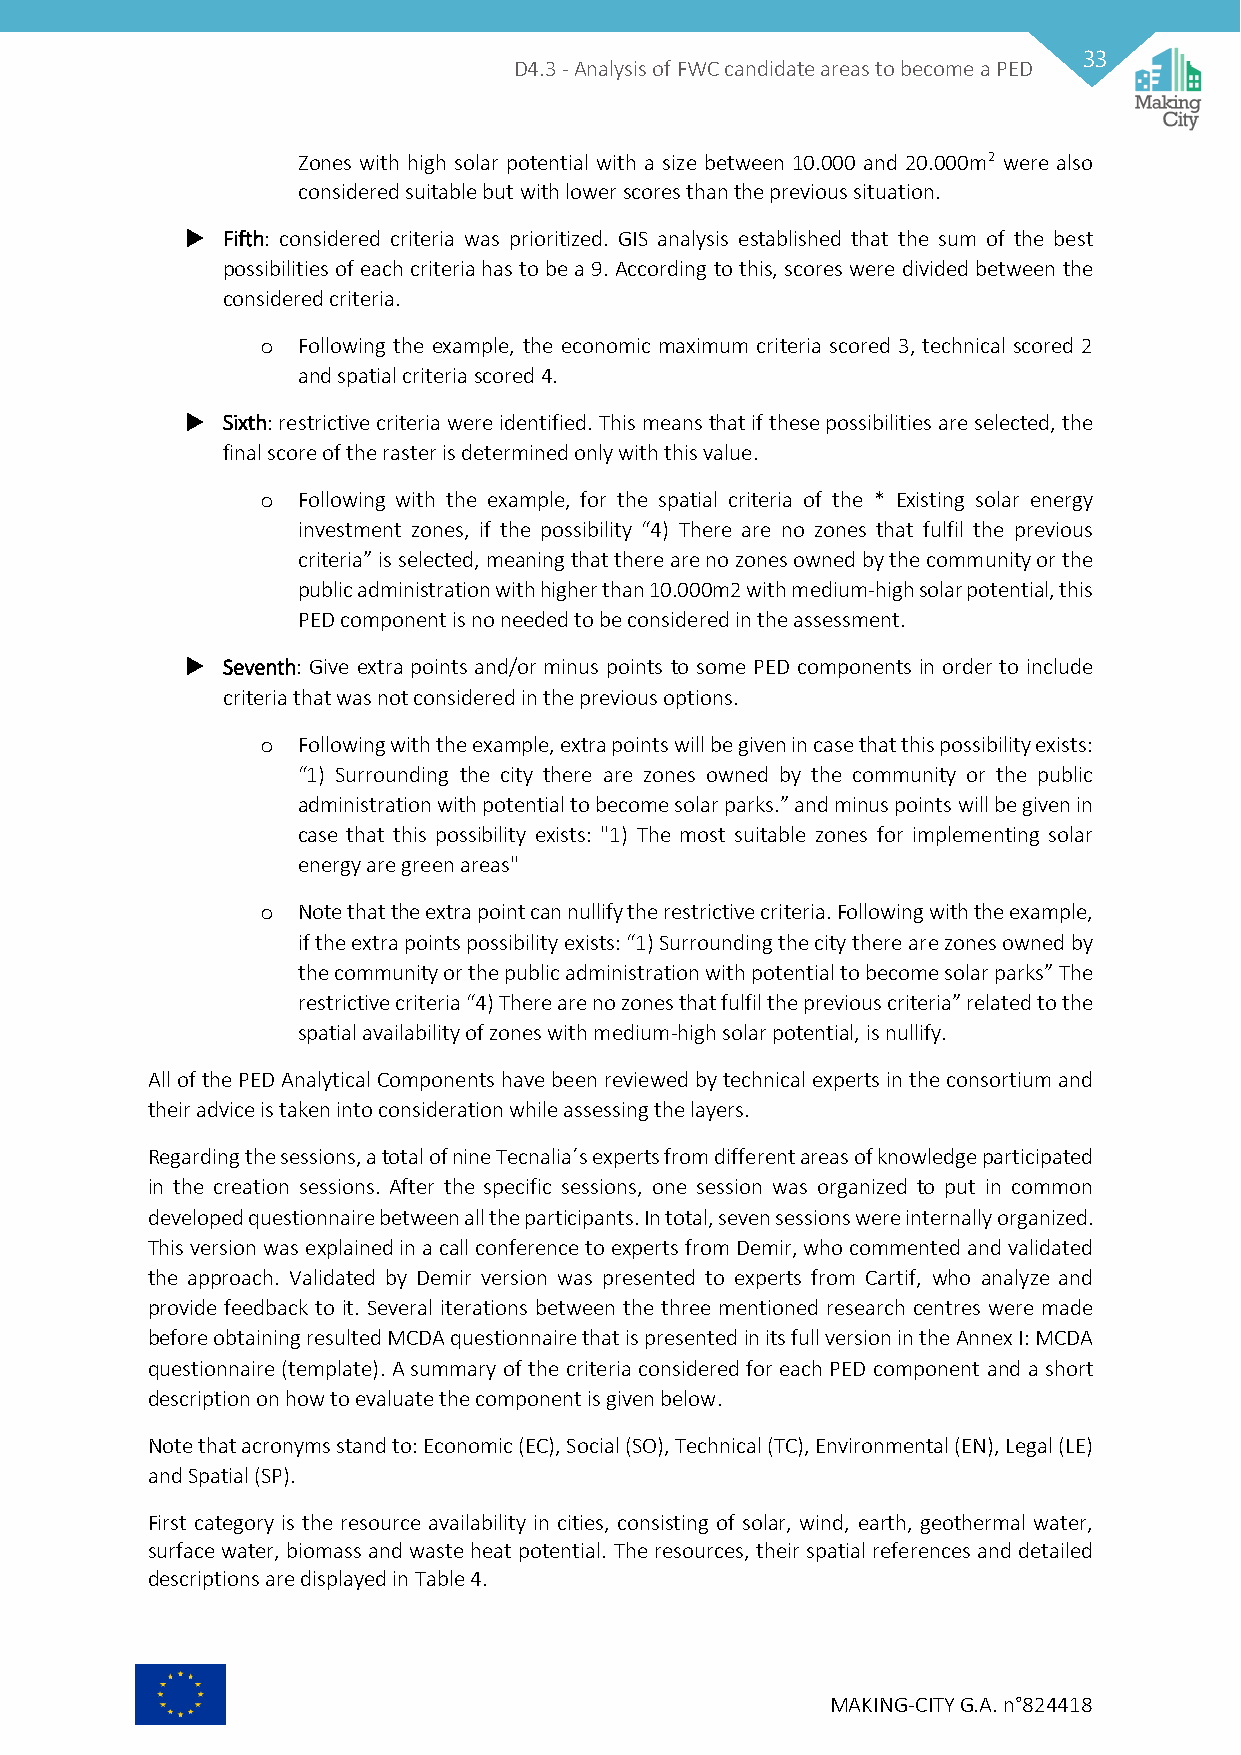
33
 D4.3 - Analysis of FWC candidate areas to become a PED
 Zones with high solar potential with a size between 10.000 and 20.000m2 were also
 considered suitable but with lower scores than the previous situation.
   Fifth: considered criteria was prioritized. GIS analysis established that the sum of the best
 possibilities of each criteria has to be a 9. According to this, scores were divided between the
 considered criteria.
 o  Following the example, the economic maximum criteria scored 3, technical scored 2
 and spatial criteria scored 4.
   Sixth: restrictive criteria were identified. This means that if these possibilities are selected, the
 final score of the raster is determined only with this value.
 o  Following with the example, for the spatial criteria of the * Existing solar energy
 investment zones, if the possibility “4) There are no zones that fulfil the previous
 criteria” is selected, meaning that there are no zones owned by the community or the
 public administration with higher than 10.000m2 with medium-high solar potential, this
 PED component is no needed to be considered in the assessment.
   Seventh: Give extra points and/or minus points to some PED components in order to include
 criteria that was not considered in the previous options.
 o  Following with the example, extra points will be given in case that this possibility exists:
 “1) Surrounding the city there are zones owned by the community or the public
 administration with potential to become solar parks.” and minus points will be given in
 case that this possibility exists: "1) The most suitable zones for implementing solar
 energy are green areas"
 o  Note that the extra point can nullify the restrictive criteria. Following with the example,
 if the extra points possibility exists: “1) Surrounding the city there are zones owned by
 the community or the public administration with potential to become solar parks” The
 restrictive criteria “4) There are no zones that fulfil the previous criteria” related to the
 spatial availability of zones with medium-high solar potential, is nullify.
 All of the PED Analytical Components have been reviewed by technical experts in the consortium and
 their advice is taken into consideration while assessing the layers.
 Regarding the sessions, a total of nine Tecnalia´s experts from different areas of knowledge participated
 in the creation sessions. After the specific sessions, one session was organized to put in common
 developed questionnaire between all the participants. In total, seven sessions were internally organized.
 This version was explained in a call conference to experts from Demir, who commented and validated
 the approach. Validated by Demir version was presented to experts from Cartif, who analyze and
 provide feedback to it. Several iterations between the three mentioned research centres were made
 before obtaining resulted MCDA questionnaire that is presented in its full version in the Annex I: MCDA
 questionnaire (template). A summary of the criteria considered for each PED component and a short
 description on how to evaluate the component is given below.
 Note that acronyms stand to: Economic (EC), Social (SO), Technical (TC), Environmental (EN), Legal (LE)
 and Spatial (SP).
 First category is the resource availability in cities, consisting of solar, wind, earth, geothermal water,
 surface water, biomass and waste heat potential. The resources, their spatial references and detailed
 descriptions are displayed in Table 4.
 MAKING-CITY G.A. n°824418